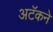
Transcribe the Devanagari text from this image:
अटॅकने